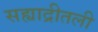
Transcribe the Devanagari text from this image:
सह्याद्रीतली